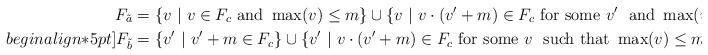
LaTeX: \begin{align*}F_{\tilde{a}}&=\{v\ |\ v\in F_c {\rm\ and}\ \max(v)\leq m\}\cup \{v\ |\ v\cdot (v'+m)\in F_c {\rm\ for\ some}\ v'\ {\rm\ and}\ \max(v)\leq m\}\\begin{align*}5pt]F_{\tilde{b}}&=\{v'\ |\ v'+m\in F_c \}\cup \{v'\ |\ v\cdot(v'+m)\in F_c {\rm\ for\ some}\ v\ {\rm\ such\ that}\ \max(v)\leq m\}.\end{align*}